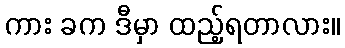
ကား ခက ဒီမှာ ထည့်ရတာလား။